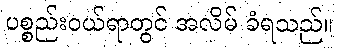
ပစ္စည်းဝယ်ရာတွင် အလိမ် ခံရသည်။